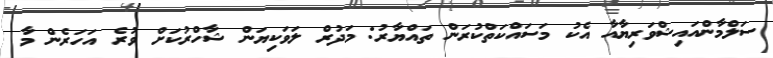
ސަލްމާންއައިޝްވަރިޔާއާ އެކު މަސައްކަތްކުރަން ތައްޔާރު: މަދުރް ލަވަކިޔަން ޝާހްރުކަށް ވުރެ އަހަރެން މާ